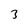
Character: 3